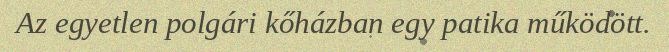
Az egyetlen polgári kőházban egy patika működött.